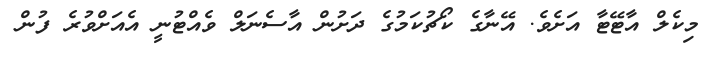
މިކެލް އާޓޭޓާ އަށެވެ. އޭނާގެ ކޯޗުކަމުގެ ދަށުން އާސެނަލް ވެއްޓުނީ އެއަށްވުރެ ފުން